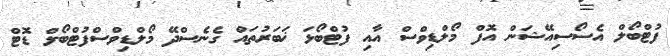
ފުޓްބޯލް އެސޯސިއޭޝަން އޮފް މޯލްޑިވްސް އާއި ފުޓްބޯޅަ ޚަބަރުތައް ގެނެސްދޭ މޯލްޑިވްސްފުޓްބޯލް ޑޮޓް